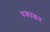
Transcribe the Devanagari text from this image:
थकाकर